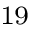
^ { 1 9 }